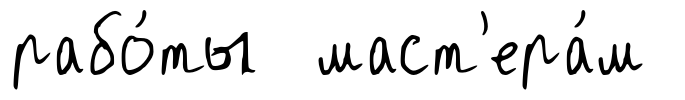
рабо́ты маст'ера́м